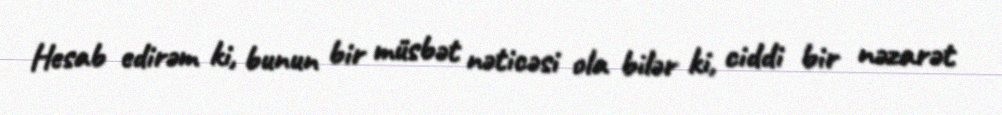
Hesab edirəm ki, bunun bir müsbət nəticəsi ola bilər ki, ciddi bir nəzarət